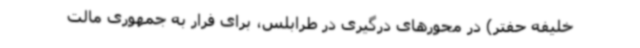
خلیفه حفتر) در محورهای درگیری در طرابلس، برای فرار به جمهوری مالت